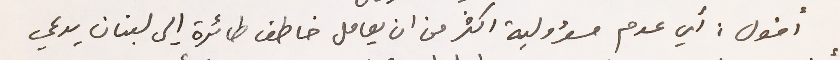
أقول: أي عدم مسؤولية اكثر من ان يعامل خاطف طائرة إلى لبنان يدعي